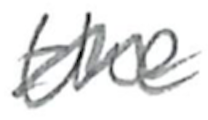
Text: the
Cross-out: wave
Writing tool: pencil